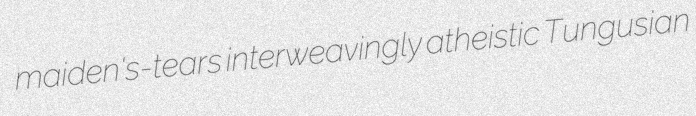
maiden's-tears interweavingly atheistic Tungusian